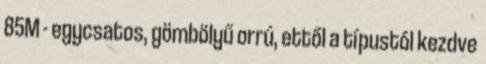
85M - egycsatos, gömbölyű orrú, ettől a típustól kezdve